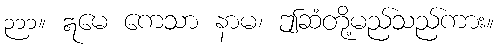
၃၁၁။ ဣမေ ကေသာ နာမ၊ ဤဆံတို့မည်သည်ကား။